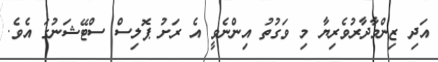
އަދި ޒިންމާދާރުވެރިޔާ މި ވަގުތު އިންނެވީ އެ ރަށު ޕޮލިސް ސްޓޭޝަނުގަ އެވެ.